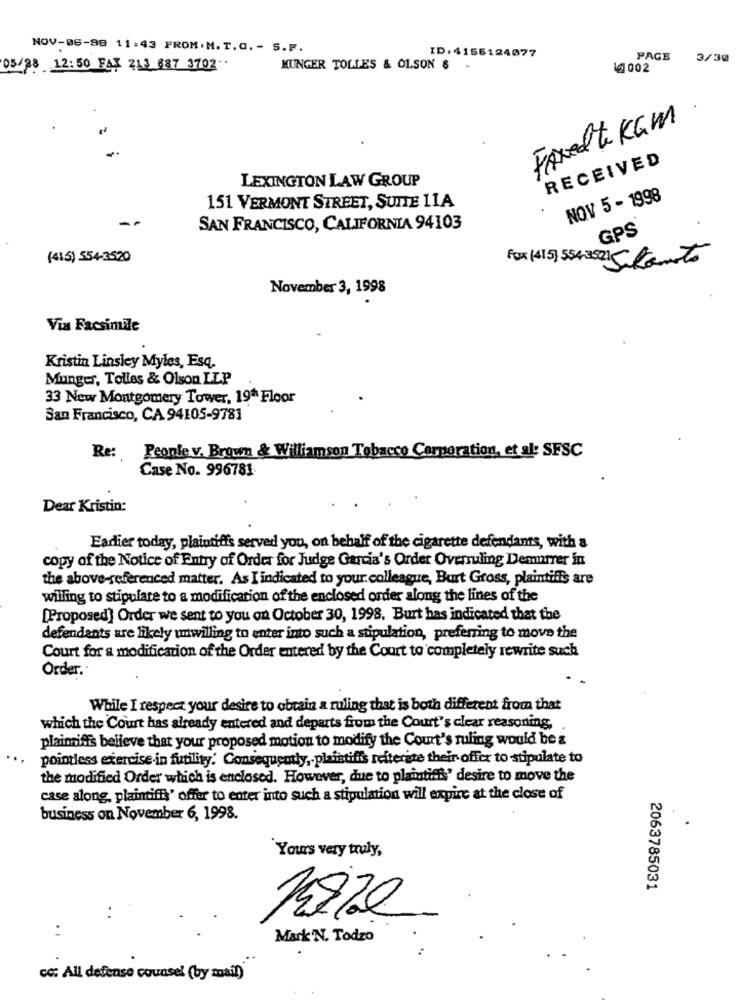
NOV-06-98 11:43 FROM.M.T.O. - S.P.
ID. 4156124077
PAGE
3/30
05/28 12:50 FAX 213 687 3702.
HUNGER TOLLES & OLSON &
1 002
Fraxelte KGM
RECEIVED
LEXINGTON LAW GROUP
NOV 5 - 1998
151 VERMONT STREET, SUITE 11A
-
SAN FRANCISCO, CALIFORNIA 94103
GPS
(415) 554-3520
Fox (415) 5543521 Ponto
November 3, 1998
Via Facsimile
Kristin Linsley Myles, Esq.
Munger, Tolles & Olson LLP
33 New Montgomery Tower, 19ª Floor
San Francisco, CA 94105-9781
Re:
People v. Brown & Williamson Tobacco Corporation, et al: SFSC
Case No. 996781
Dear Kristin:
Earlier today, plaintiffs served you, on behalf of the cigarette defendants, with a
copy of the Notice of Entry of Order for Judge Garcia's Order Overruling Demurrer in
the above-referenced matter. As I indicated to your colleague, Burt Gross, plaintiffs are
willing to stipulare to a modification of the enclosed order along the lines of the
[Proposed] Order we sent to you on October 30, 1998. Burt has indicated that the
defendants are likely unwilling to enter into such a stipulation, preferring to move the
Court for a modification of the Order entered by the Court to completely rewrite such
Order.
While I respect your desire to obrain a ruling that is both different from that
which the Court has already entered and departs from the Court's clear reasoning,
plaintiffs believe that your proposed motion to modify the Court's ruling would be a
pointless exercise in futility. Consequently ,- plaistifis reiterate their offer to stipulate to
the modified Order which is enclosed. However, due to plaintiffs' desire to move the
case along, plaintiffs' offer to enter into such a stipulation will expire at the close of
business on November 6, 1998.
Yours very truly,
2063785031
:
Mark'N. Todzo
cc: All defense counsel (by mail)